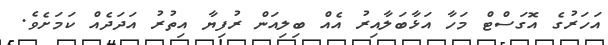
އަހަރުގެ އޮގަސްޓް މަހާ އަޅާބަލާއިރު އެއް ބިލިއަން ރުފިޔާ އިތުރު އަދަދެއް ކަމަށެވެ.